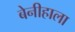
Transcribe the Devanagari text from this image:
बेनीहाला